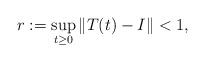
\begin{align*}r:=\sup_{t\geq0}\|T(t)-I\|<1,\end{align*}